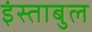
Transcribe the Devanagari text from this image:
इंस्ताबुल